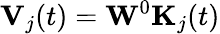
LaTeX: \mathbf{V}_{j}(t)=\mathbf{W}^{0}\mathbf{K}_{j}(t)